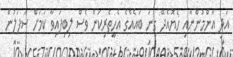
އަދި އާންމުންނާއި ހެޔޮއެދޭ ގިނަ ބައެއްގެ އެހީތެރިކަން ވެސް ލިބިފައިވާ ކަމަށް ސަފަލުން